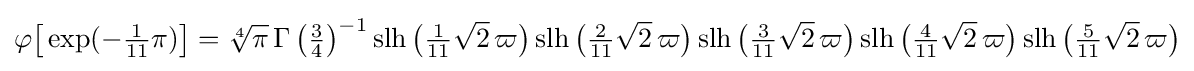
\varphi {\bigl [}\exp(-{\tfrac {1}{11}}\pi ){\bigr ]}={\sqrt[{4}]{\pi }}\,{\Gamma \left({\tfrac {3}{4}}\right)}^{-1}\operatorname {slh} {\bigl (}{\tfrac {1}{11}}{\sqrt {2}}\,\varpi {\bigr )}\operatorname {slh} {\bigl (}{\tfrac {2}{11}}{\sqrt {2}}\,\varpi {\bigr )}\operatorname {slh} {\bigl (}{\tfrac {3}{11}}{\sqrt {2}}\,\varpi {\bigr )}\operatorname {slh} {\bigl (}{\tfrac {4}{11}}{\sqrt {2}}\,\varpi {\bigr )}\operatorname {slh} {\bigl (}{\tfrac {5}{11}}{\sqrt {2}}\,\varpi {\bigr )}